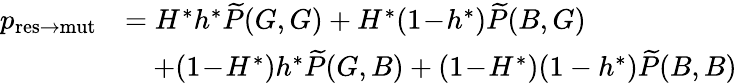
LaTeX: \begin{array}{rl}{p_{\mathrm{res\to mut}}}&{=H^{\ast}h^{\ast}\widetilde{P}(G,G)+H^{\ast}(1\! -\! h^{\ast})\widetilde{P}(B,G)}\\ &{\quad+(1\! -\! H^{\ast})h^{\ast}\widetilde{P}(G,B)+(1\! -\! H^{\ast})(1-h^{\ast})\widetilde{P}(B,B)}\end{array}